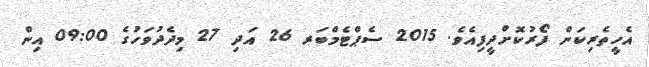
އެހީތެރިކަން ފޯރުކޮށްދީފިއެވެ. 2015 ސެޕްޓެމްބަރ 26 އަދި 27 މިދެދުވަހުގެ 09:00 އިން